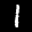
Label: 1